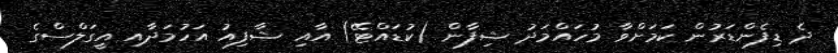
ދެ ޑިފެންޑަރުން ކަމަށްވާ މުހައްމަދު ޝިފާން (ކުޑައްޓޭ) އާއި ޝާފިއު އަހުމަދާއި އީގަލްސްގެ